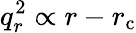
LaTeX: q_{r}^{2}\propto r-r_{\mathrm{c}}